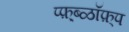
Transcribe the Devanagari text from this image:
प्फ़़्ब्ळॉफ़्प